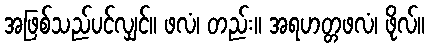
အဖြစ်သည်ပင်လျှင်။ ဖလံ၊ တည်း။ အရဟတ္တဖလံ၊ ဖိုလ်။